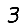
Digit: 3